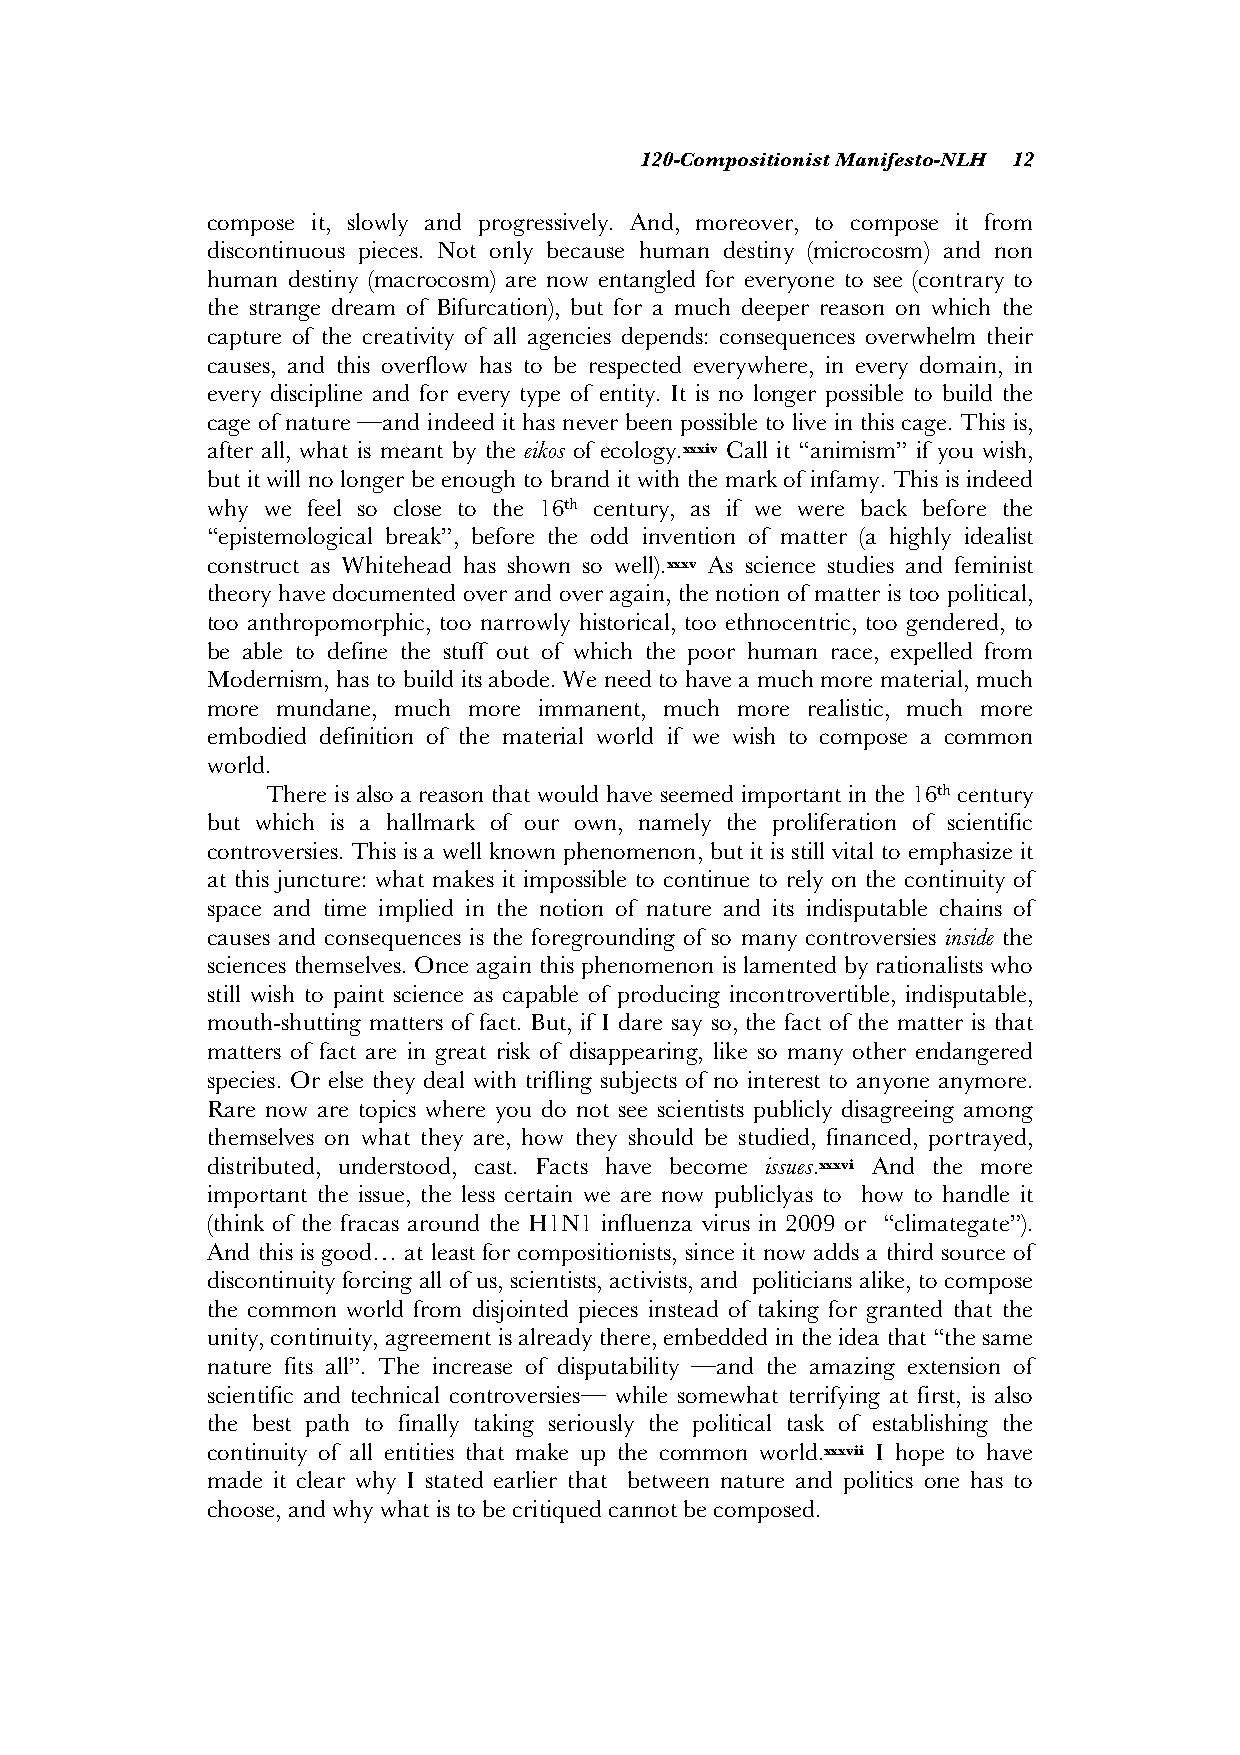
120-Compositionist Manifesto-NLH 12
 compose it, slowly and progressively. And, moreover, to compose it from
 discontinuous pieces. Not only because human destiny (microcosm) and non
 human destiny (macrocosm) are now entangled for everyone to see (contrary to
 the strange dream of Bifurcation), but for a much deeper reason on which the
 capture of the creativity of all agencies depends: consequences overwhelm their
 causes, and this overflow has to be respected everywhere, in every domain, in
 every discipline and for every type of entity. It is no longer possible to build the
 cage of nature —and indeed it has never been possible to live in this cage. This is,
 after all, what is meant by the eikos of ecology.xxxiv Call it “animism” if you wish,
 but it will no longer be enough to brand it with the mark of infamy. This is indeed
 why we feel so close to the 16th century, as if we were back before the
 “epistemological break”, before the odd invention of matter (a highly idealist
 construct as Whitehead has shown so well).xxxv As science studies and feminist
 theory have documented over and over again, the notion of matter is too political,
 too anthropomorphic, too narrowly historical, too ethnocentric, too gendered, to
 be able to define the stuff out of which the poor human race, expelled from
 Modernism, has to build its abode. We need to have a much more material, much
 more mundane, much more immanent, much more realistic, much more
 embodied definition of the material world if we wish to compose a common
 world.
 There is also a reason that would have seemed important in the 16th century
 but which is a hallmark of our own, namely the proliferation of scientific
 controversies. This is a well known phenomenon, but it is still vital to emphasize it
 at this juncture: what makes it impossible to continue to rely on the continuity of
 space and time implied in the notion of nature and its indisputable chains of
 causes and consequences is the foregrounding of so many controversies inside the
 sciences themselves. Once again this phenomenon is lamented by rationalists who
 still wish to paint science as capable of producing incontrovertible, indisputable,
 mouth-shutting matters of fact. But, if I dare say so, the fact of the matter is that
 matters of fact are in great risk of disappearing, like so many other endangered
 species. Or else they deal with trifling subjects of no interest to anyone anymore.
 Rare now are topics where you do not see scientists publicly disagreeing among
 themselves on what they are, how they should be studied, financed, portrayed,
 distributed, understood, cast. Facts have become issues.xxxvi And the more
 important the issue, the less certain we are now publiclyas to how to handle it
 (think of the fracas around the H1N1 influenza virus in 2009 or “climategate”).
 And this is good… at least for compositionists, since it now adds a third source of
 discontinuity forcing all of us, scientists, activists, and politicians alike, to compose
 the common world from disjointed pieces instead of taking for granted that the
 unity, continuity, agreement is already there, embedded in the idea that “the same
 nature fits all”. The increase of disputability —and the amazing extension of
 scientific and technical controversies— while somewhat terrifying at first, is also
 the best path to finally taking seriously the political task of establishing the
 continuity of all entities that make up the common world.xxxvii I hope to have
 made it clear why I stated earlier that between nature and politics one has to
 choose, and why what is to be critiqued cannot be composed.